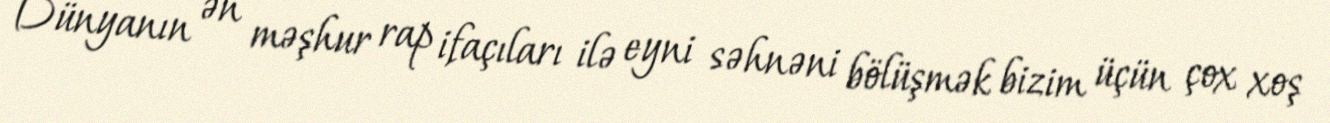
Dünyanın ən məşhur rap ifaçıları ilə eyni səhnəni bölüşmək bizim üçün çox xoş